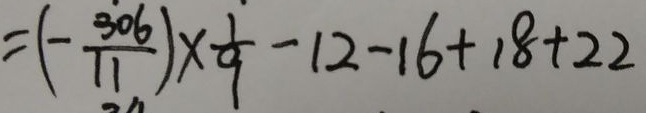
= ( - \frac { 3 0 6 } { 1 1 } ) \times \frac { 1 } { 9 } - 1 2 - 1 6 + 1 8 + 2 2